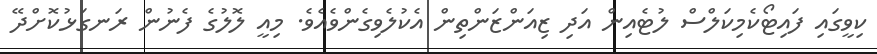
ކިވީގައި ފައިޓޯކެމިކަލްސް ލުޓެއިން އަދި ޒިއަންޒަންތިން އެކުލެވިގެންވެއެވެ. މިއީ ލޮލުގެ ފެނުން ރަނގަޅުކޮށްދޭ